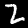
Label: 2